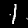
Label: 1